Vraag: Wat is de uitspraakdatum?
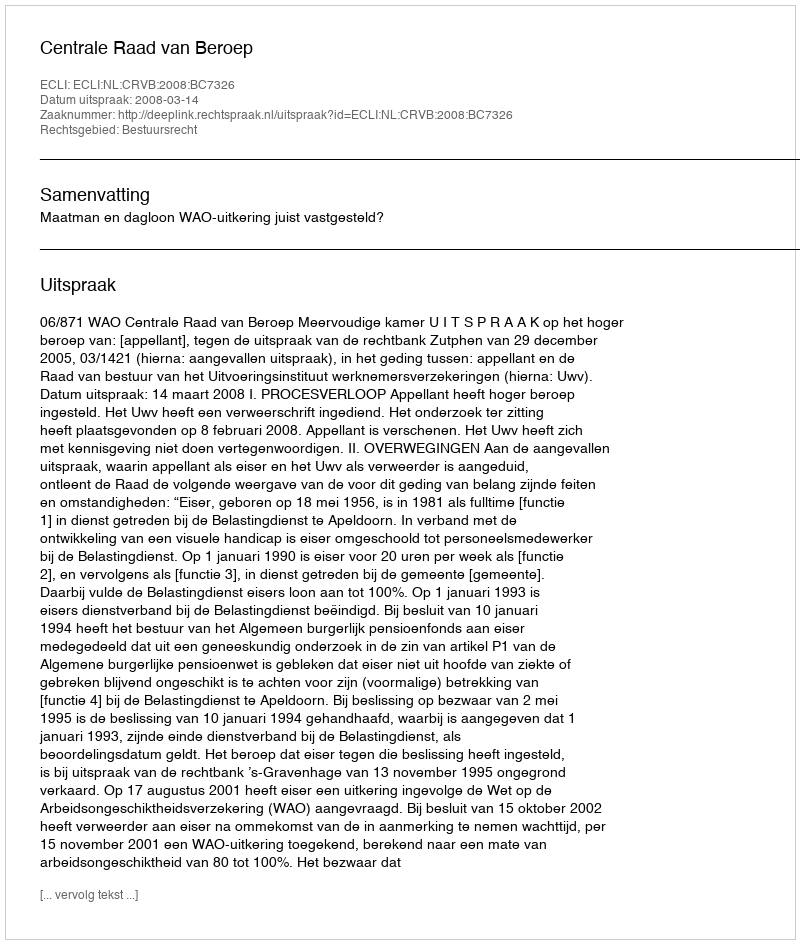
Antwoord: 2008-03-14